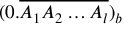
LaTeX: ( 0 . { \overline { { A _ { 1 } A _ { 2 } \ldots A _ { l } } } } ) _ { b }